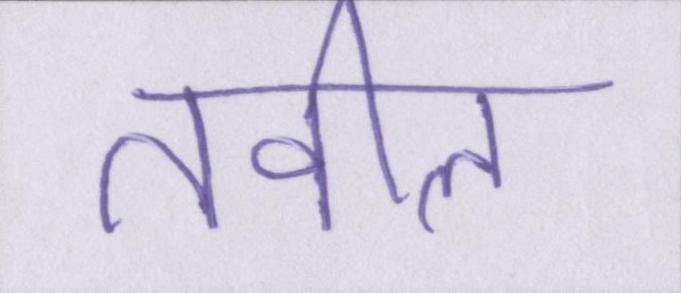
तवील